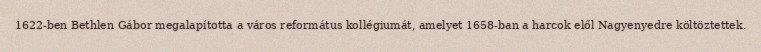
1622-ben Bethlen Gábor megalapította a város református kollégiumát, amelyet 1658-ban a harcok elől Nagyenyedre költöztettek.